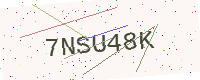
Text: 7NSU48K